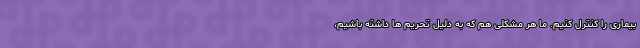
بیماری را کنترل کنیم. ما هر مشکلی هم که به دلیل تحریم‌ ها داشته باشیم،